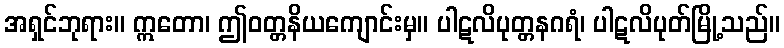
အရှင်ဘုရား။ ဣတော၊ ဤဝတ္တနိယကျောင်းမှ။ ပါဋလိပုတ္တနဂရံ၊ ပါဋလိပုတ်မြို့သည်။